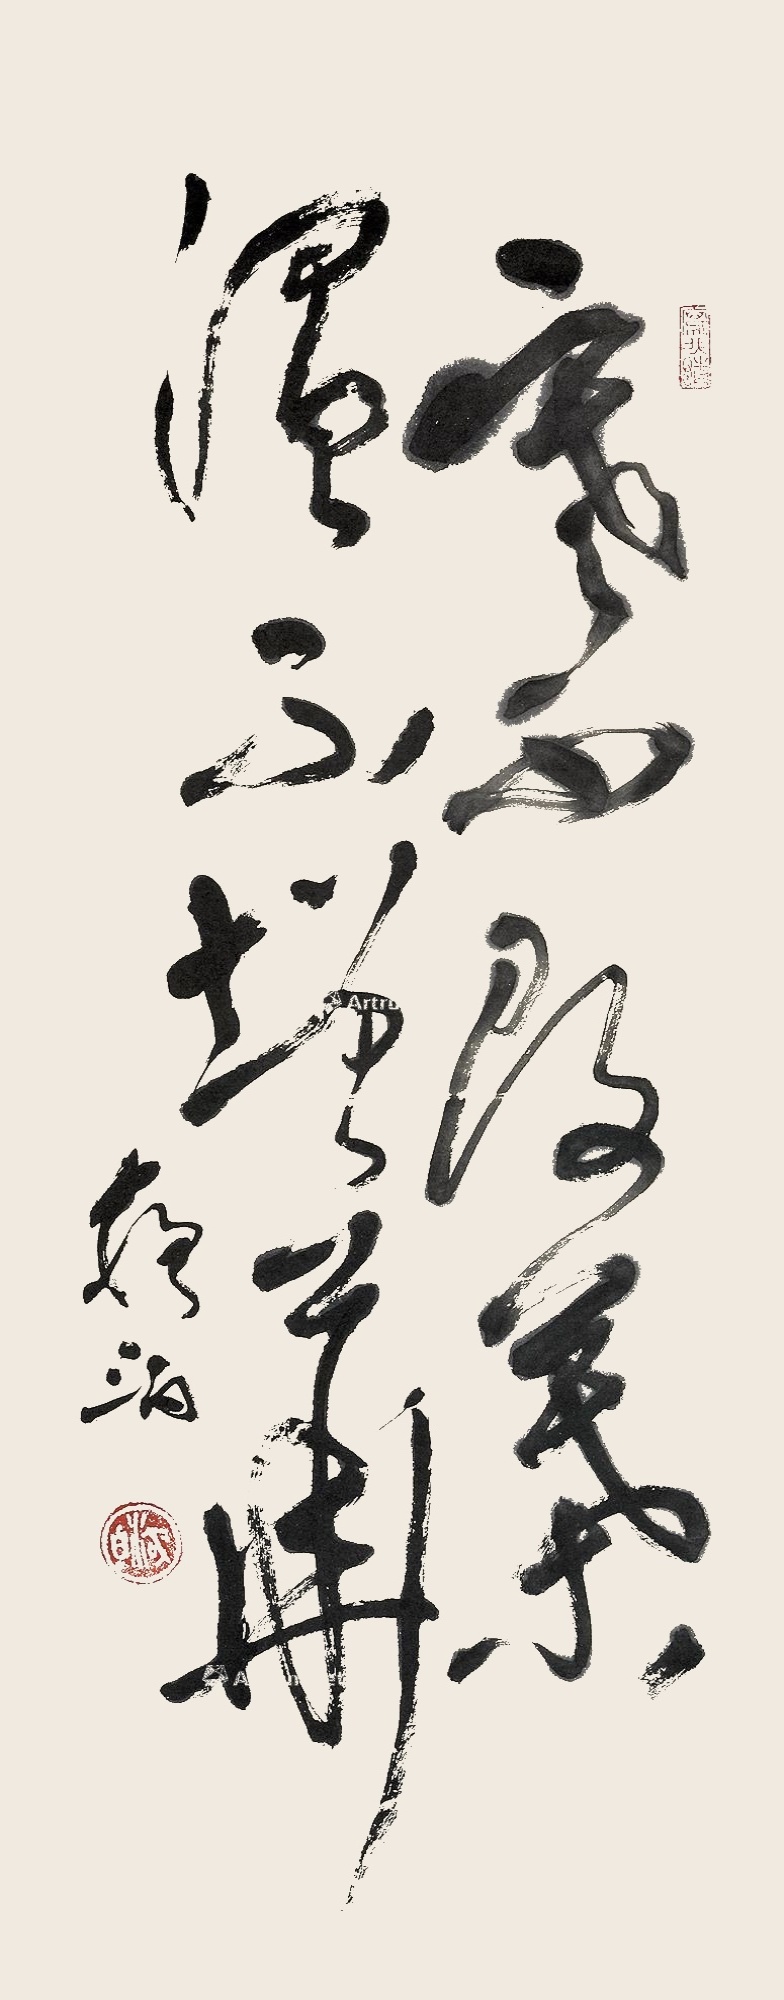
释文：寒不改叶，温不增华。夜泊